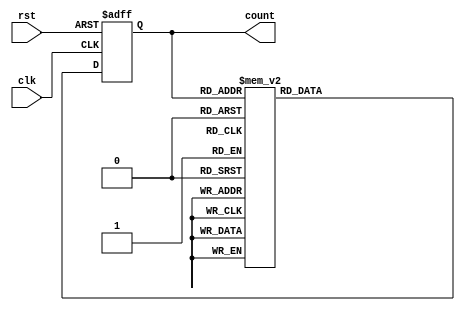
module decade_ring_counter (
    input wire clk,        // Clock input
    input wire rst,        // Asynchronous reset input
    output reg [3:0] count // 4-bit output for the current count
);

// Initial state
initial begin
    count = 4'b0000; // Start at 0
end

// Synchronous logic
always @(posedge clk or posedge rst) begin
    if (rst) begin
        count <= 4'b0000; // Reset to 0000
    end else begin
        case (count)
            4'b0000: count <= 4'b0001;
            4'b0001: count <= 4'b0010;
            4'b0010: count <= 4'b0011;
            4'b0011: count <= 4'b0100;
            4'b0100: count <= 4'b0101;
            4'b0101: count <= 4'b0110;
            4'b0110: count <= 4'b0111;
            4'b0111: count <= 4'b1000;
            4'b1000: count <= 4'b1001;
            4'b1001: count <= 4'b0000; // Wrap around to 0000
            default: count <= 4'b0000; // Default case
        endcase
    end
end

endmodule